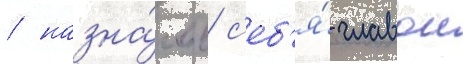
/ назна́чив с'еб'я́ главои